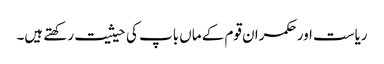
ریاست اور حکمران قوم کے ماں باپ کی حیثیت رکھتے ہیں۔